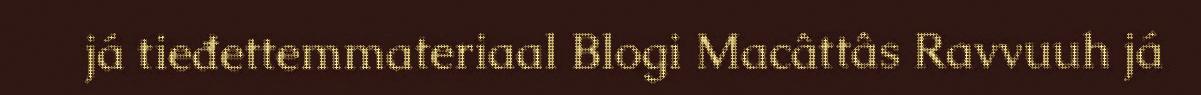
já tieđettemmateriaal Blogi Macâttâs Ravvuuh já